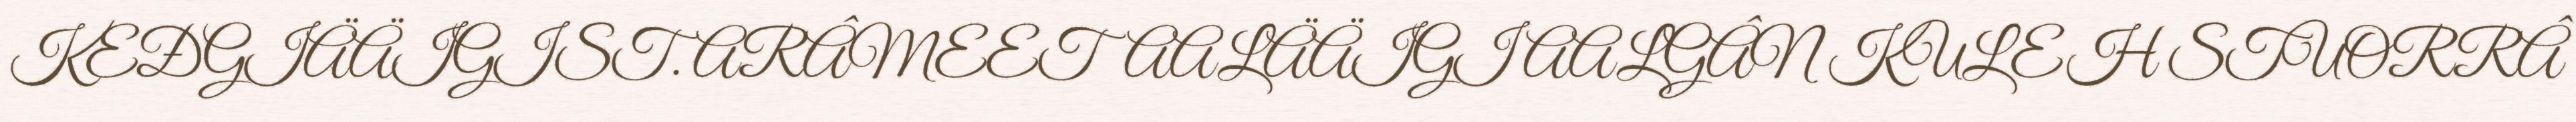
KEĐGIÄÄIGIST. ARÂMEETAALÄÄIGI AALGÂN KULEH STUORRÂ